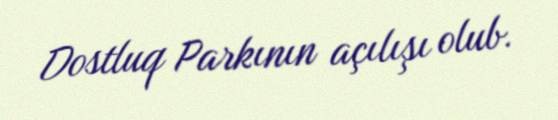
Dostluq Parkının açılışı olub.